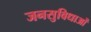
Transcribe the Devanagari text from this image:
जनसुविधाओं